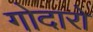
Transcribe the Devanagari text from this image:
गोदारो